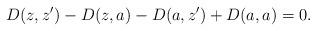
LaTeX: \begin{align*}D(z,z')-D(z,a)-D(a,z')+D(a,a)=0.\end{align*}